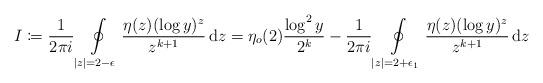
LaTeX: \begin{align*}I \coloneqq \frac1{2\pi i} \oint\limits_{|z|=2-\epsilon} \frac{\eta(z) (\log y)^z}{z^{k+1}} \, \mathrm{d}z = \eta_o(2) \frac{\log^2 y}{2^k} - \frac1{2\pi i} \oint\limits_{|z|=2+\epsilon_1} \frac{\eta(z) (\log y)^z}{z^{k+1}} \, \mathrm{d}z \end{align*}